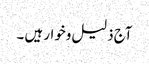
آج ذلیل وخوار ہیں ۔